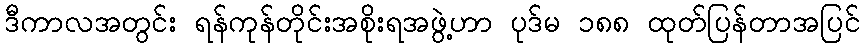
ဒီကာလအတွင်း ရန်ကုန်တိုင်းအစိုးရအဖွဲ့ဟာ ပုဒ်မ ၁၈၈ ထုတ်ပြန်တာအပြင်